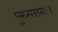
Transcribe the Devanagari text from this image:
पुरुसत्तमः।